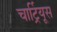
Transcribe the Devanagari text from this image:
चार्ट्रियूस